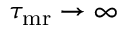
\tau _ { { \mathrm { m r } } } \to \infty